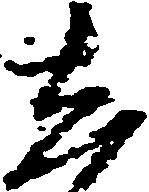
し